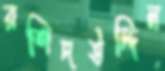
রশিদউদ্দিন